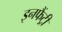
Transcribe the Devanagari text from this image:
इनफैंट्री